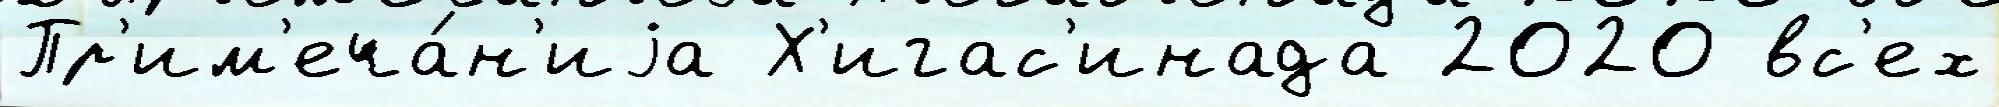
Пр'им'еча́н'иjа Х'игас'инада 2020 вс'ех